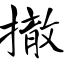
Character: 撤